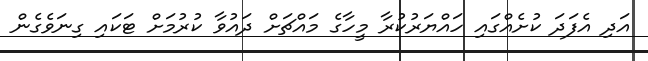
އަދި އެފަދަ ކުށެއްގައި ހައްޔަރުކުރާ މީހާގެ މައްޗަށް ދައުވާ ކުރުމަށް ޓަކައި ގިނަވެގެން